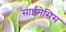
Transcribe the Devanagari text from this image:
साईनेसिस